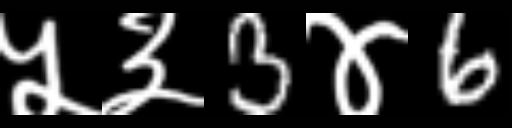
Text: ५३3४6